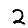
Digit: 2